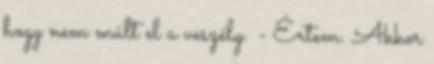
hogy nem múlt el a veszély. - Értem. Akkor